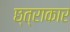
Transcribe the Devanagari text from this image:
छ्त्राकार